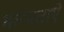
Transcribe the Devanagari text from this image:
मान्यताऐ